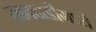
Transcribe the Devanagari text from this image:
खबदाडीमध्ये